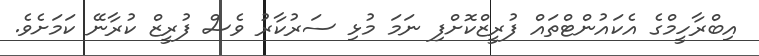
އިބްރާހީމްގެ އެކައުންޓްތައް ފުރީޒްކޮށްފި ނަމަ މުޅި ސަރުކާރު ވެސް ފުރީޒް ކުރާނޭ ކަމަށެވެ.